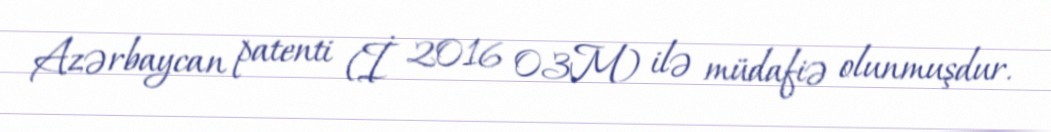
Azərbaycan patenti (İ 2016 03M) ilə müdafiə olunmuşdur.